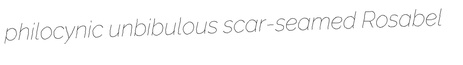
philocynic unbibulous scar-seamed Rosabel